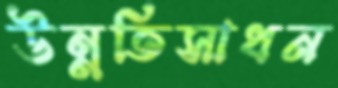
উন্নতিসাধন